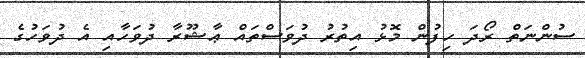
ސުންނަތް ރޯދަ ހިފުން މޮޅު އިތުރު ދުވަސްތައް ޢާޝޫރާ ދުވަހާއި އެ ދުވަހުގެ